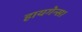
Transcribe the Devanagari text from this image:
हायगेन्स।